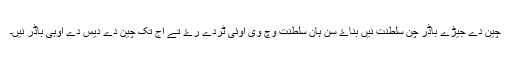
چین دے جیڑے باڈر چن سلطنت نیں بناۓ سن ہان سلطنت وچ وی اوئی ٹردے رۓ تے اج تک چین دے دیس دے اوہی باڈر نیں۔